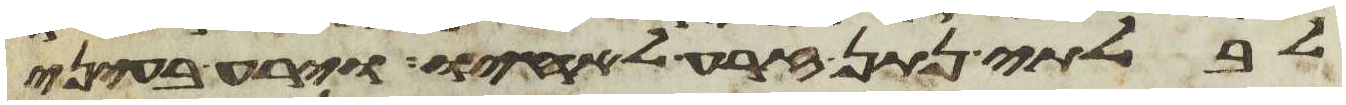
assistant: לבלתי נתן זרע לאחיו וירע בעיני